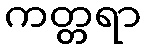
ကတ္တရာ